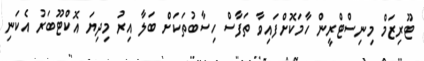
ޓޫރިޒަމް މިނިސްޓްރީން ހާމަކޮށްފައިވާ ތަފާސް ހިސާބުތަކަށް ބަލާ އިރު މިދިޔަ އޮކްޓޫބަރު އެކަނި